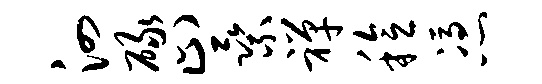
泗碌止乘禅稔凭